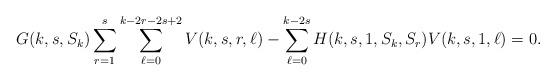
LaTeX: \begin{align*} G(k,s,S_k)\sum_{r=1}^{s}\sum_{\ell=0}^{k-2r-2s+2}V(k,s,r,\ell) -\sum_{\ell=0}^{k-2s}H(k,s,1,S_k,S_r)V(k,s,1,\ell) =0. \end{align*}